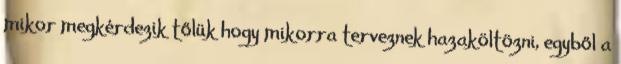
mikor megkérdezik tőlük hogy mikorra terveznek hazaköltözni, egyből a